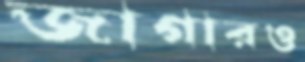
জাগারও